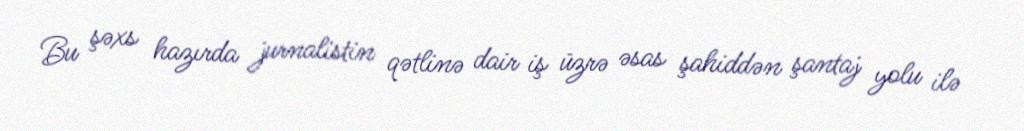
Bu şəxs hazırda jurnalistin qətlinə dair iş üzrə əsas şahiddən şantaj yolu ilə